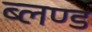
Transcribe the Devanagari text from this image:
ब्लण्ड